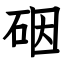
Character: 䂩